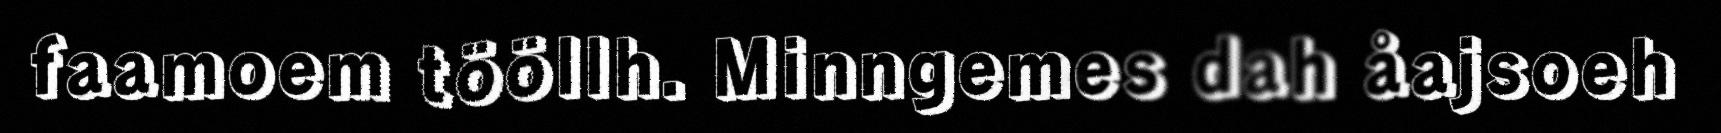
faamoem tööllh. Minngemes dah åajsoeh